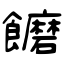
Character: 饝